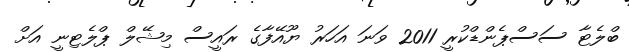
ބްލެޓާ ސަސްޕެންޑްކުރީ 2011 ވަނަ އަހަރު ޔޫއޭފާގެ ރައީސް މިޝޭލް ޕްލެޓިނީ އަށް